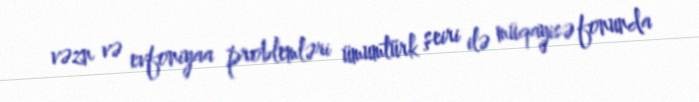
vəzn və evfoniyaa problemləri ümumtürk şeiri ilə müqayisə fonunda